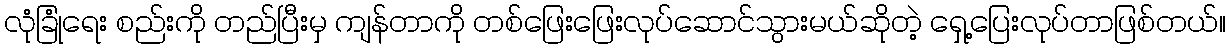
လုံခြုံရေး စည်းကို တည်ပြီးမှ ကျန်တာကို တစ်ဖြေးဖြေးလုပ်ဆောင်သွားမယ်ဆိုတဲ့ ရှေ့ပြေးလုပ်တာဖြစ်တယ်။